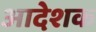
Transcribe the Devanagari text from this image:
आदेशक